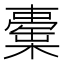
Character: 㯱